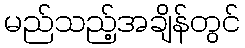
မည်သည့်အချိန်တွင်